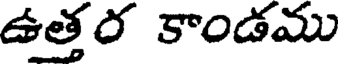
ఉత్తర కాండము